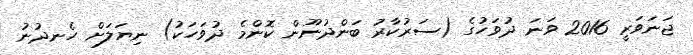
ޖަނަވަރީ 2016 ވަނަ ދުވަހުގެ (ސަރުކާރު ބަންދުނޫން ކޮންމެ ދުވަހަކު) ނިޔަލަށް ހެނދުނު